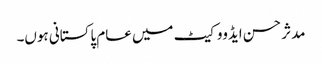
مدثر حسن ایڈووکیٹ میں عام پاکستانی ہوں۔